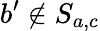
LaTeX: b^{\prime}\notin S_{a,c}